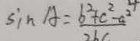
\sin A = \frac { b ^ { 2 } + c ^ { 2 } - a ^ { 2 } } { 2 b c }